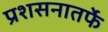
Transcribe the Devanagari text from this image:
प्रशसनातर्फे